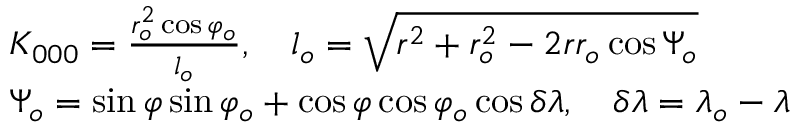
\begin{array} { r l } & { { K _ { 0 0 0 } } = \frac { { r _ { o } ^ { 2 } \cos { \varphi _ { o } } } } { { { l _ { o } } } } , \quad { l _ { o } } = \sqrt { { r ^ { 2 } } + r _ { o } ^ { 2 } - 2 r { r _ { o } } \cos { \Psi _ { o } } } } \\ & { { \Psi _ { o } } = \sin \varphi \sin { \varphi _ { o } } + \cos \varphi \cos { \varphi _ { o } } \cos \delta \lambda , \quad \delta \lambda = { \lambda _ { o } } - \lambda } \end{array}